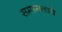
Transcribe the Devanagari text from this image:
समानताये